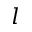
l